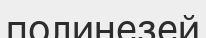
полинезей